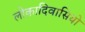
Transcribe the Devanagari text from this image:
लोकादिवासियो